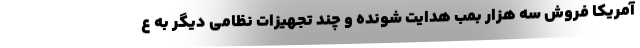
آمریکا فروش سه هزار بمب هدایت شونده و چند تجهیزات نظامی دیگر به ع